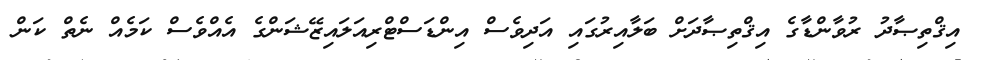
އިޤްތިޞާދު ރުވާންޑާގެ އިޤްތިޞާދަށް ބަލާއިރުގައި އަދިވެސް އިންޑަސްޓްރިއަލައިޒޭޝަންގެ އެއްވެސް ކަމެއް ނެތް ކަން